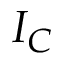
I _ { C }